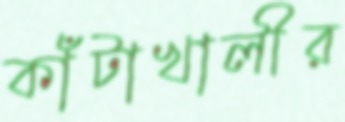
কাঁটাখালীর